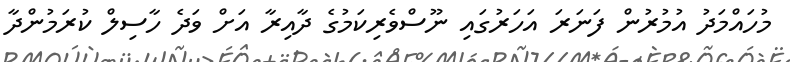
މުހައްމަދު އުމުރުން ފަނަރަ އަހަރުގައި ނޫސްވެރިކަމުގެ ދާއިރާ އަށް ވަދެ ހާސިލް ކުރަމުންދާ